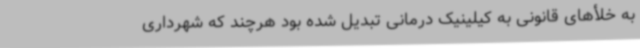
به خلأ‌های قانونی به کیلینیک درمانی تبدیل شده بود هرچند که شهرداری